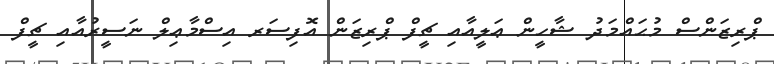
ޕްރިޒަންސް މުޙައްމަދު ޝާހީން ޢަލީއާއި ޗީފް ޕްރިޒަން އޮފިސަރ އިސްމާޢިލް ނަސީރުއާއި ޗީފް